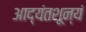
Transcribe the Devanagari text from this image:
आद्यंतशून्यं